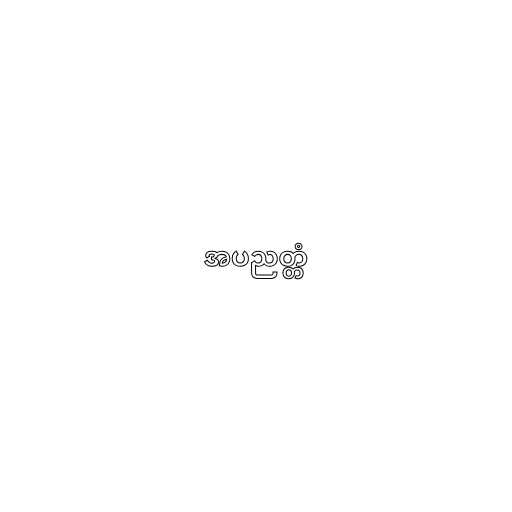
အပညတ္တံ